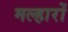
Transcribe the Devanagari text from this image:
मल्हारों